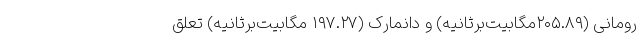
رومانی (۲۰۵.۸۹مگابیت‌برثانیه) و دانمارک (۱۹۷.۲۷ مگابیت‌برثانیه) تعلق